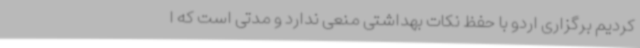
کردیم برگزاری اردو با حفظ نکات بهداشتی منعی ندارد و مدتی است که ا